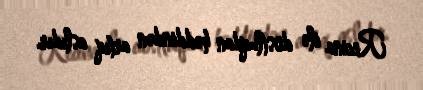
Recina ilə dostluqdan həddindən artıq aslıdır.